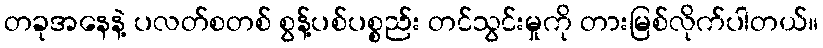
တခုအနေနဲ့ ပလတ်စတစ် စွန့်ပစ်ပစ္စည်း တင်သွင်းမှုကို တားမြစ်လိုက်ပါတယ်။